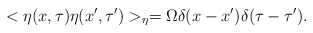
\begin{align*}<\eta(x,\tau)\eta(x',\tau')>_{\eta} =\Omega \delta(x-x')\delta(\tau-\tau').\end{align*}